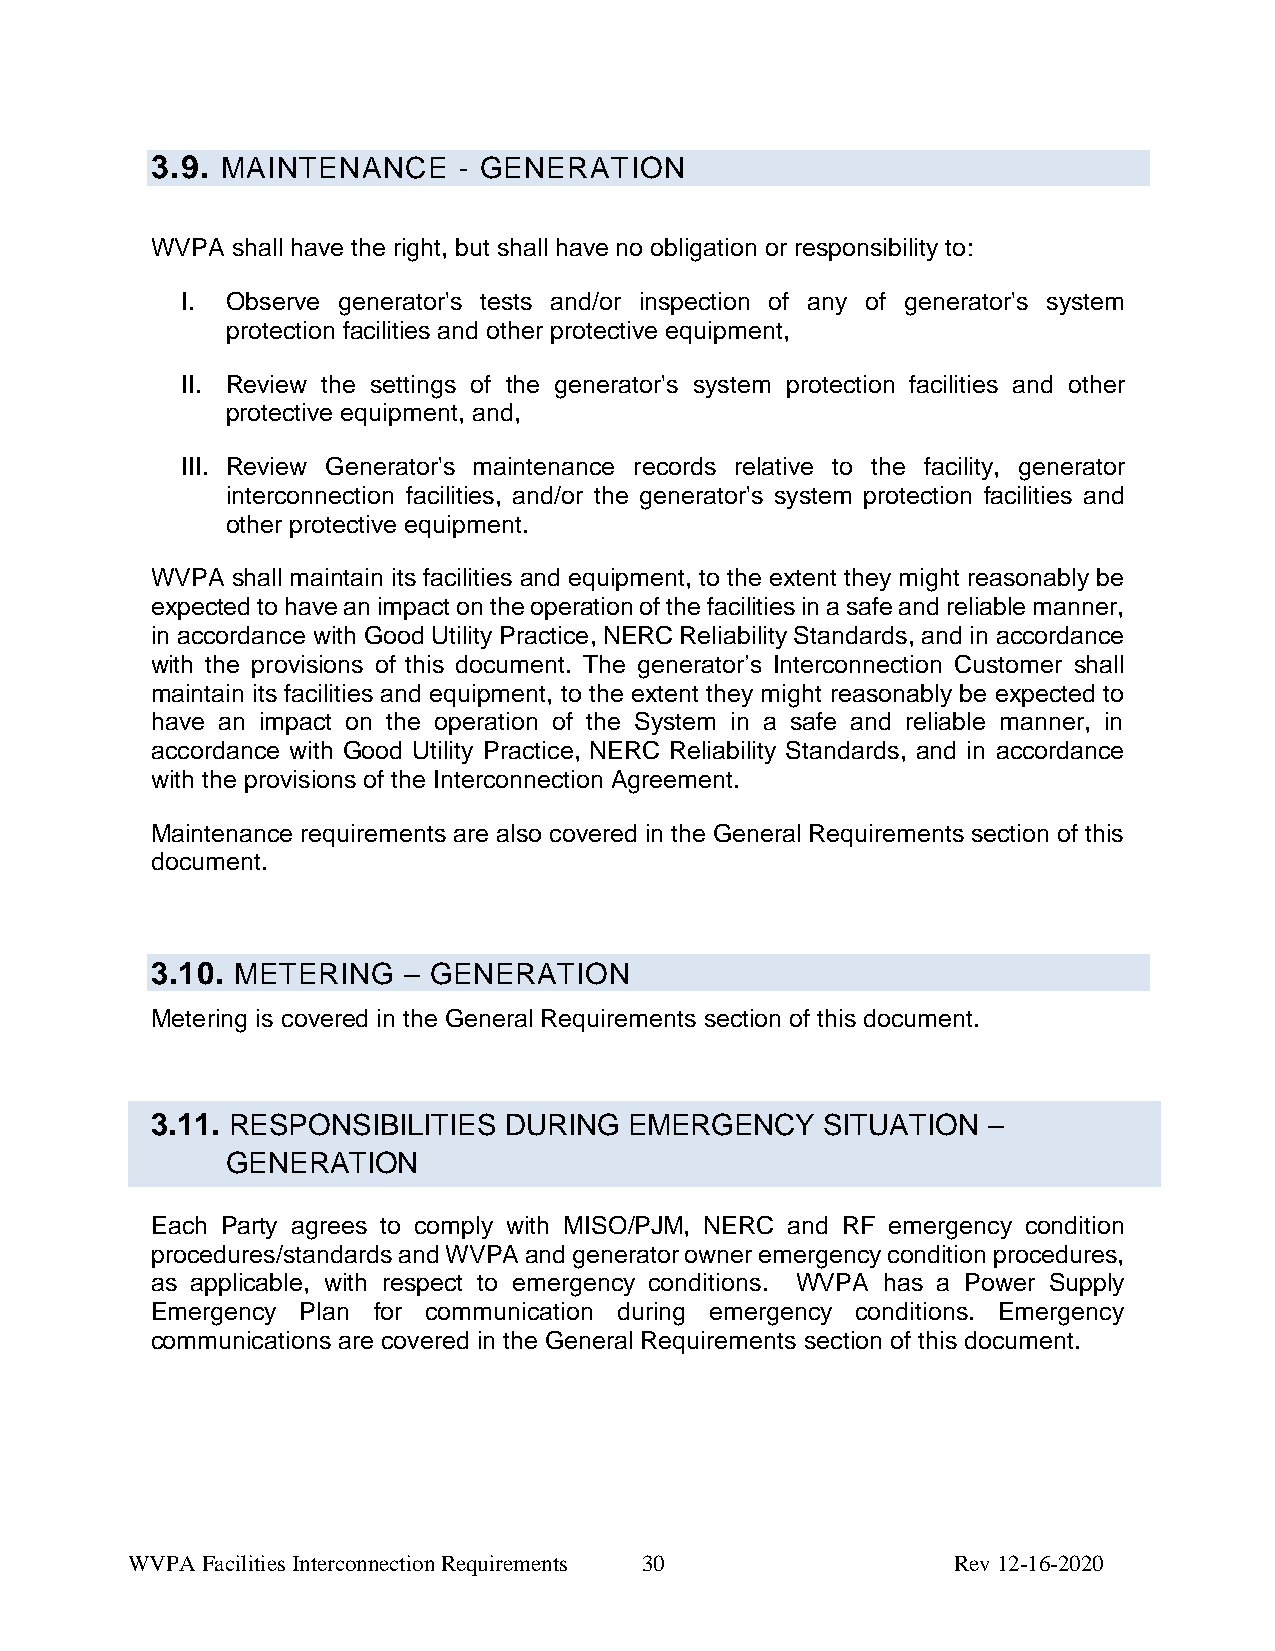
3.9. MAINTENANCE    - GENERATION
 WVPA shall have the right, but shall have no obligation or responsibility to:
 I. Observe generator's tests and/or inspection of any of generator's system
 protection facilities and other protective equipment,
 II. Review the settings of the generator's system protection facilities and other
 protective equipment, and,
 III. Review Generator's maintenance records relative to the facility, generator
 interconnection facilities, and/or the generator's system protection facilities and
 other protective equipment.
 WVPA shall maintain its facilities and equipment, to the extent they might reasonably be
 expected to have an impact on the operation of the facilities in a safe and reliable manner,
 in accordance with Good Utility Practice, NERC Reliability Standards, and in accordance
 with the provisions of this document. The generator’s Interconnection Customer shall
 maintain its facilities and equipment, to the extent they might reasonably be expected to
 have an impact on the operation of the System in a safe and reliable manner, in
 accordance with Good Utility Practice, NERC Reliability Standards, and in accordance
 with the provisions of the Interconnection Agreement.
 Maintenance requirements are also covered in the General Requirements section of this
 document.
 3.10. METERING   – GENERATION
 Metering is covered in the General Requirements section of this document.
 3.11. RESPONSIBILITIES DURING   EMERGENCY    SITUATION –
 GENERATION
 Each Party agrees to comply with MISO/PJM, NERC and RF emergency condition
 procedures/standards and WVPA and generator owner emergency condition procedures,
 as applicable, with respect to emergency conditions. WVPA has a Power Supply
 Emergency Plan for communication during emergency conditions. Emergency
 communications are covered in the General Requirements section of this document.
 WVPA Facilities Interconnection Requirements 30        Rev 12-16-2020